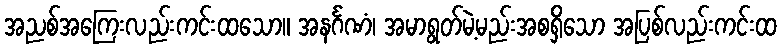
အညစ်အကြေးလည်းကင်းထသော။ အနင်္ဂဏံ၊ အမာရွတ်မဲ့မည်းအစရှိသော အပြစ်လည်းကင်းထ